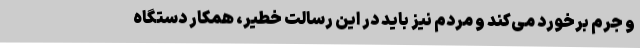
و جرم برخورد می‌کند و مردم نیز باید در این رسالت خطیر، همکار دستگاه